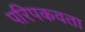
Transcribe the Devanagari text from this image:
परिपकवता